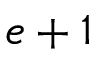
e + 1